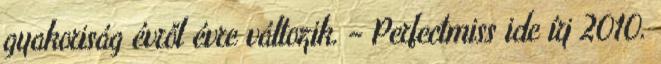
gyakoriság évről évre változik. – Perfectmiss ide írj 2010.